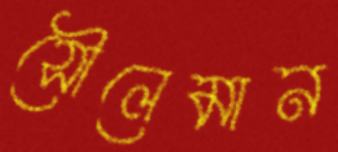
সৌলেমান